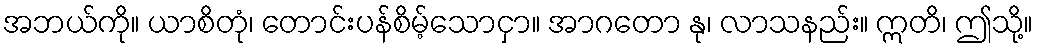
အဘယ်ကို။ ယာစိတုံ၊ တောင်းပန်စိမ့်သောငှာ။ အာဂတော နု၊ လာသနည်း။ ဣတိ၊ ဤသို့။